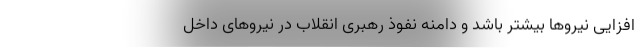
افزایی نیروها بیشتر باشد و دامنه نفوذ رهبری انقلاب در نیروهای داخل